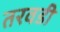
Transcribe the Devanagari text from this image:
तरवडी